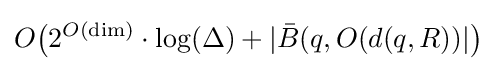
O{\big (}2^{O({\text{dim}})}\cdot \log(\Delta )+|{\bar {B}}(q,O(d(q,R))|{\big )}